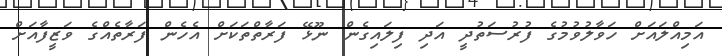
އަމިއްލައަށް ހަވާލުވުމުގެ ފުުރުސަތުދީ އަދި ފިލައިގެން ނޫޅޭ ފަރާތްތަކަށް އެހެން ފަރާތެއްގެ ވަޒީފާއަށް